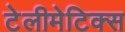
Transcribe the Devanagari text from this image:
टेलीमेटिक्स